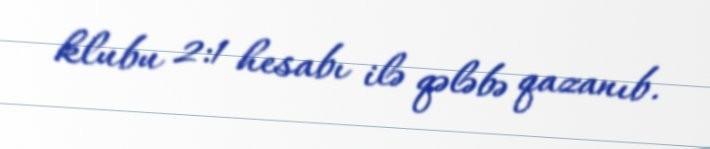
klubu 2:1 hesabı ilə qələbə qazanıb.